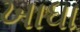
ખાધા